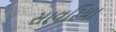
સાવરિયા